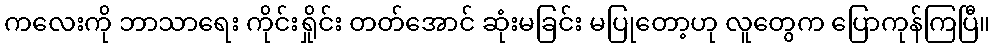
ကလေးကို ဘာသာရေး ကိုင်းရှိုင်း တတ်အောင် ဆုံးမခြင်း မပြုတော့ဟု လူတွေက ပြောကုန်ကြပြီ။